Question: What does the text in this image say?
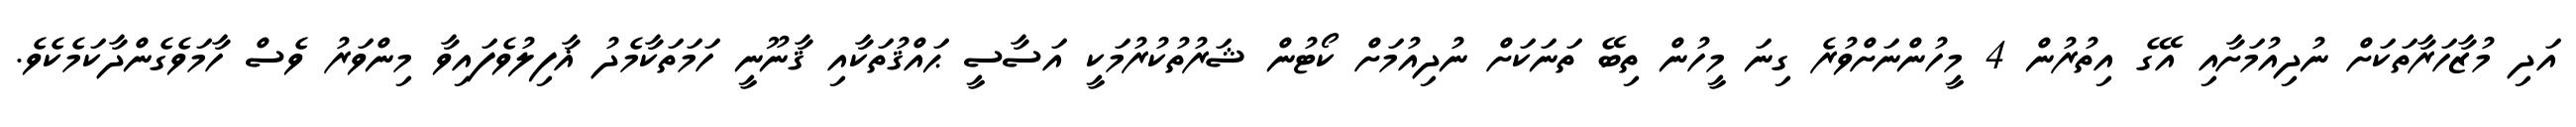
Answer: އަދި މުޒާހަރާތަކަށް ނުދިއުމަށާއި އޭގެ އިތުރުން 4 މީހުންނަށްވުރެ ގިނަ މީހުން ތިބޭ ތަނަކަށް ނުދިއުމަށް ކޯޓުން ޝަރުތުކުރުމަކީ އަސާސީ ޙައްޤުތަކާއި ޤާނޫނީ ހަމަތަކާމެދު ޣާފިލުވެފައިވާ މިންވަރު ވެސް ހާމަވެގެންދާކަމެކެވެ.